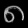
Digit: ၈